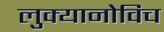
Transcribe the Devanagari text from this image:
लुक्यानोविच